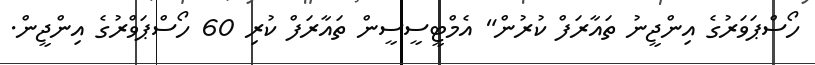
ހޯސްޕަވަރުގެ އިންޖީނު ތައާރަފް ކުރުން" އެމްޓީސީސީން ތައާރަފް ކުރި 60 ހޯސްޕަވްރުގެ އިންޖީން.